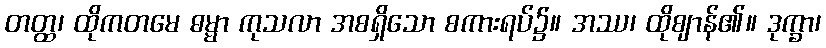
တတ္ထ၊ ထိုကတမေ ဓမ္မာ ကုသလာ အစရှိသော စကားရပ်၌။ အဿ၊ ထိုဈာန်၏။ ဒုက္ခာ၊